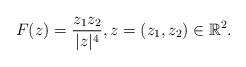
LaTeX: \begin{align*} F(z) = \frac {z_1 z_2} { |z|^4}, z=(z_1,z_2) \in \mathbb R^2.\end{align*}